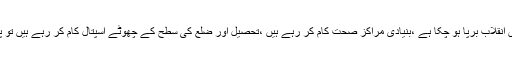
سوال تو یہ بھی ہے کہ اگر واقعی صحت کے شعبے میں انقلاب برپا ہو چکا ہے ،بنیادی مراکز صحت کام کر رہے ہیں ،تحصیل اور ضلع کی سطح کے چھوٹے اسپتال کام کر رہے ہیں تو پھر لوگوں کی بڑی تعداد پشاور کا رُخ کیوں کرتی ہے ؟